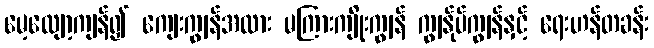
မေ့လျော့ကျန်၍ ကျေးကျွန်အလား မကြားကျိုးကျွန် ကျွန်ုပ်ကျွန်နှင့် ရေးဟန်တခန်း